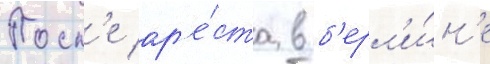
Посл'е ар'е́ста в б'ерл'и́н'е